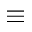
\equiv